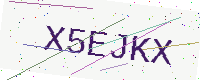
Text: X5EJKX